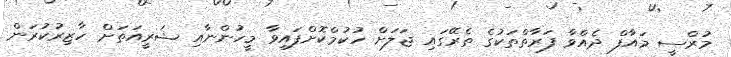
މުރްސީ މައާފް ދެއްވާ ފަރާތްތަކުގެ ތެރޭގައި ޖަލަށް ހުކުމްކޮށްފައިވާ މީހުންނާއި ޝަރީއަތަށް ހާޒިރުކުރަން